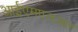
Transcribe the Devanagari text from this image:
आईएमएलआर